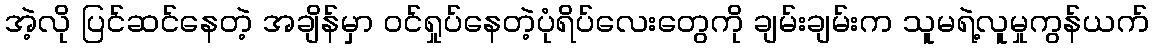
အဲ့လို ပြင်ဆင်နေတဲ့ အချိန်မှာ ဝင်ရှုပ်နေတဲ့ပုံရိပ်လေးတွေကို ချမ်းချမ်းက သူမရဲ့လူမှုကွန်ယက်